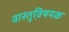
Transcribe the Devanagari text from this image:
वास्तुवि़षयक